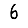
Digit: 6